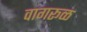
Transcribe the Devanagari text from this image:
वागरूळ